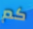
كم